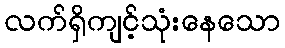
လက်ရှိကျင့်သုံးနေသော